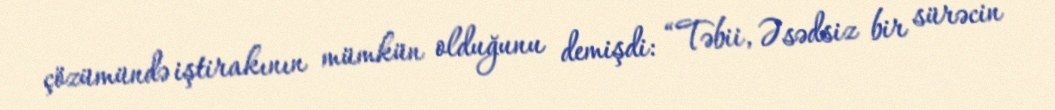
çözümündə iştirakının mümkün olduğunu demişdi: “Təbii, Əsədsiz bir sürəcin